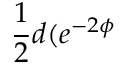
\frac 1 2 d ( e ^ { - 2 \phi }